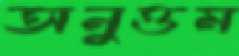
অনুত্তম